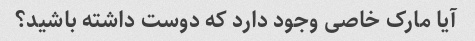
آیا مارک خاصی وجود دارد که دوست داشته باشید؟